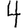
Digit: 4